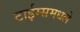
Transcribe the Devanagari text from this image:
टाईम्समधले